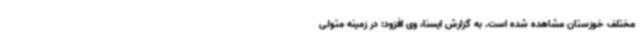
مختلف خوزستان مشاهده شده است. به گزارش ایسنا، وی افزود: در زمینه متولی